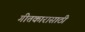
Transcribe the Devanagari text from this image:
गीतकारासाठी